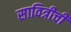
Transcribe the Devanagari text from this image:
सावित्रीची